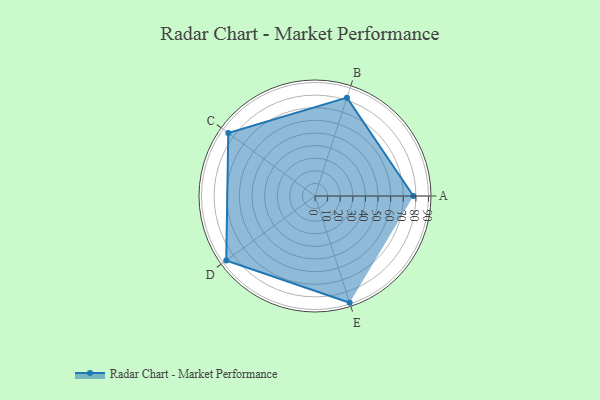
{"axis": {"x": "Skill", "y": "Score"}, "legend": ["Profile"], "data": [{"x": "A", "y": 78.0, "type": "Profile"}, {"x": "B", "y": 82.0, "type": "Profile"}, {"x": "C", "y": 85.0, "type": "Profile"}, {"x": "D", "y": 87.0, "type": "Profile"}, {"x": "E", "y": 89.0, "type": "Profile"}]}